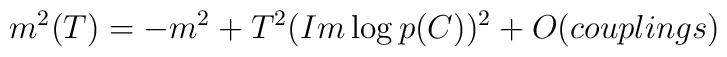
m^2(T)=-m^2+ T^2(Im \log p(C))^2+ O(couplings)